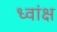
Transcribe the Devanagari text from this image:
ध्वांक्ष